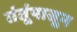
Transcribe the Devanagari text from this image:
तंतूंपासून